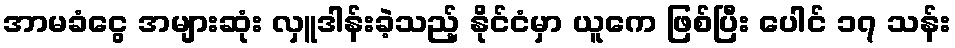
အာမခံငွေ အများဆုံး လှူဒါန်းခဲ့သည့် နိုင်ငံမှာ ယူကေ ဖြစ်ပြီး ပေါင် ၁၇ သန်း